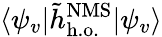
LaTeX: \langle\psi_{v}|\tilde{h}_{\mathrm{h.o.}}^{\mathrm{NMS}}|\psi_{v}\rangle